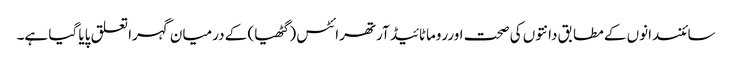
سائنسدانوں کے مطابق دانتوں کی صحت اورروماٹائیڈ آرتھرائٹس ( گٹھیا) کے درمیان گہرا تعلق پایا گیا ہے۔